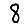
Digit: 8